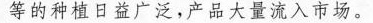
等的种植日益广泛，产品大量流入市场。